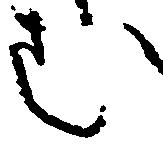
む